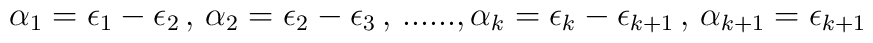
\alpha_1=\epsilon_1-\epsilon_2\, , \,\alpha_2=\epsilon_2-\epsilon_3\, ,\,......,\alpha_k=\epsilon_k-\epsilon_{k+1}\, , \,\alpha_{k+1}=\epsilon_{k+1}